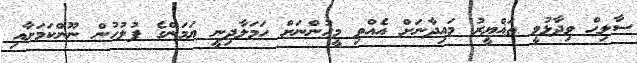
ސާލިޙް ވިދާޅުވީ ތަޣްޔީރު މައިދާނަށް އެއްވި މީހުންނަށް ހަމަލާދިނީ ޔަމަންގެ ފުލުހުން ނޫންކަމަށާއި